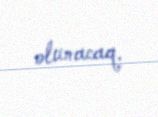
olunacaq.